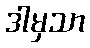
ဒါမှသာ